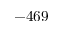
- 4 6 9